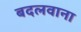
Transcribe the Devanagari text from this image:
बदलवाना